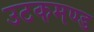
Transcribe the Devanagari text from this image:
उटकमण्ड